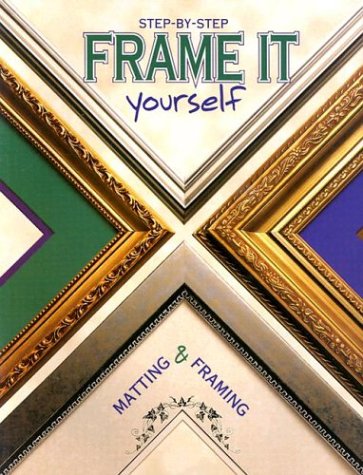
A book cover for Frame It Yourself : Matting & Framing Step-By-Step; The Editors of Creative Publishing international; Crafts, Hobbies & Home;